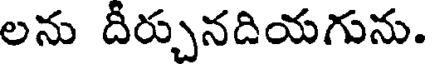
లను దీర్చునదియగును.